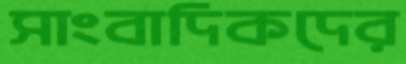
সাংবাদিকদের